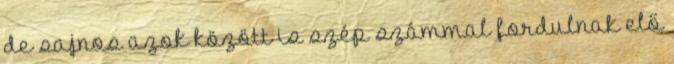
de sajnos azok között is szép számmal fordulnak elő